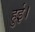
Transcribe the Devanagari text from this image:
हुई़़।